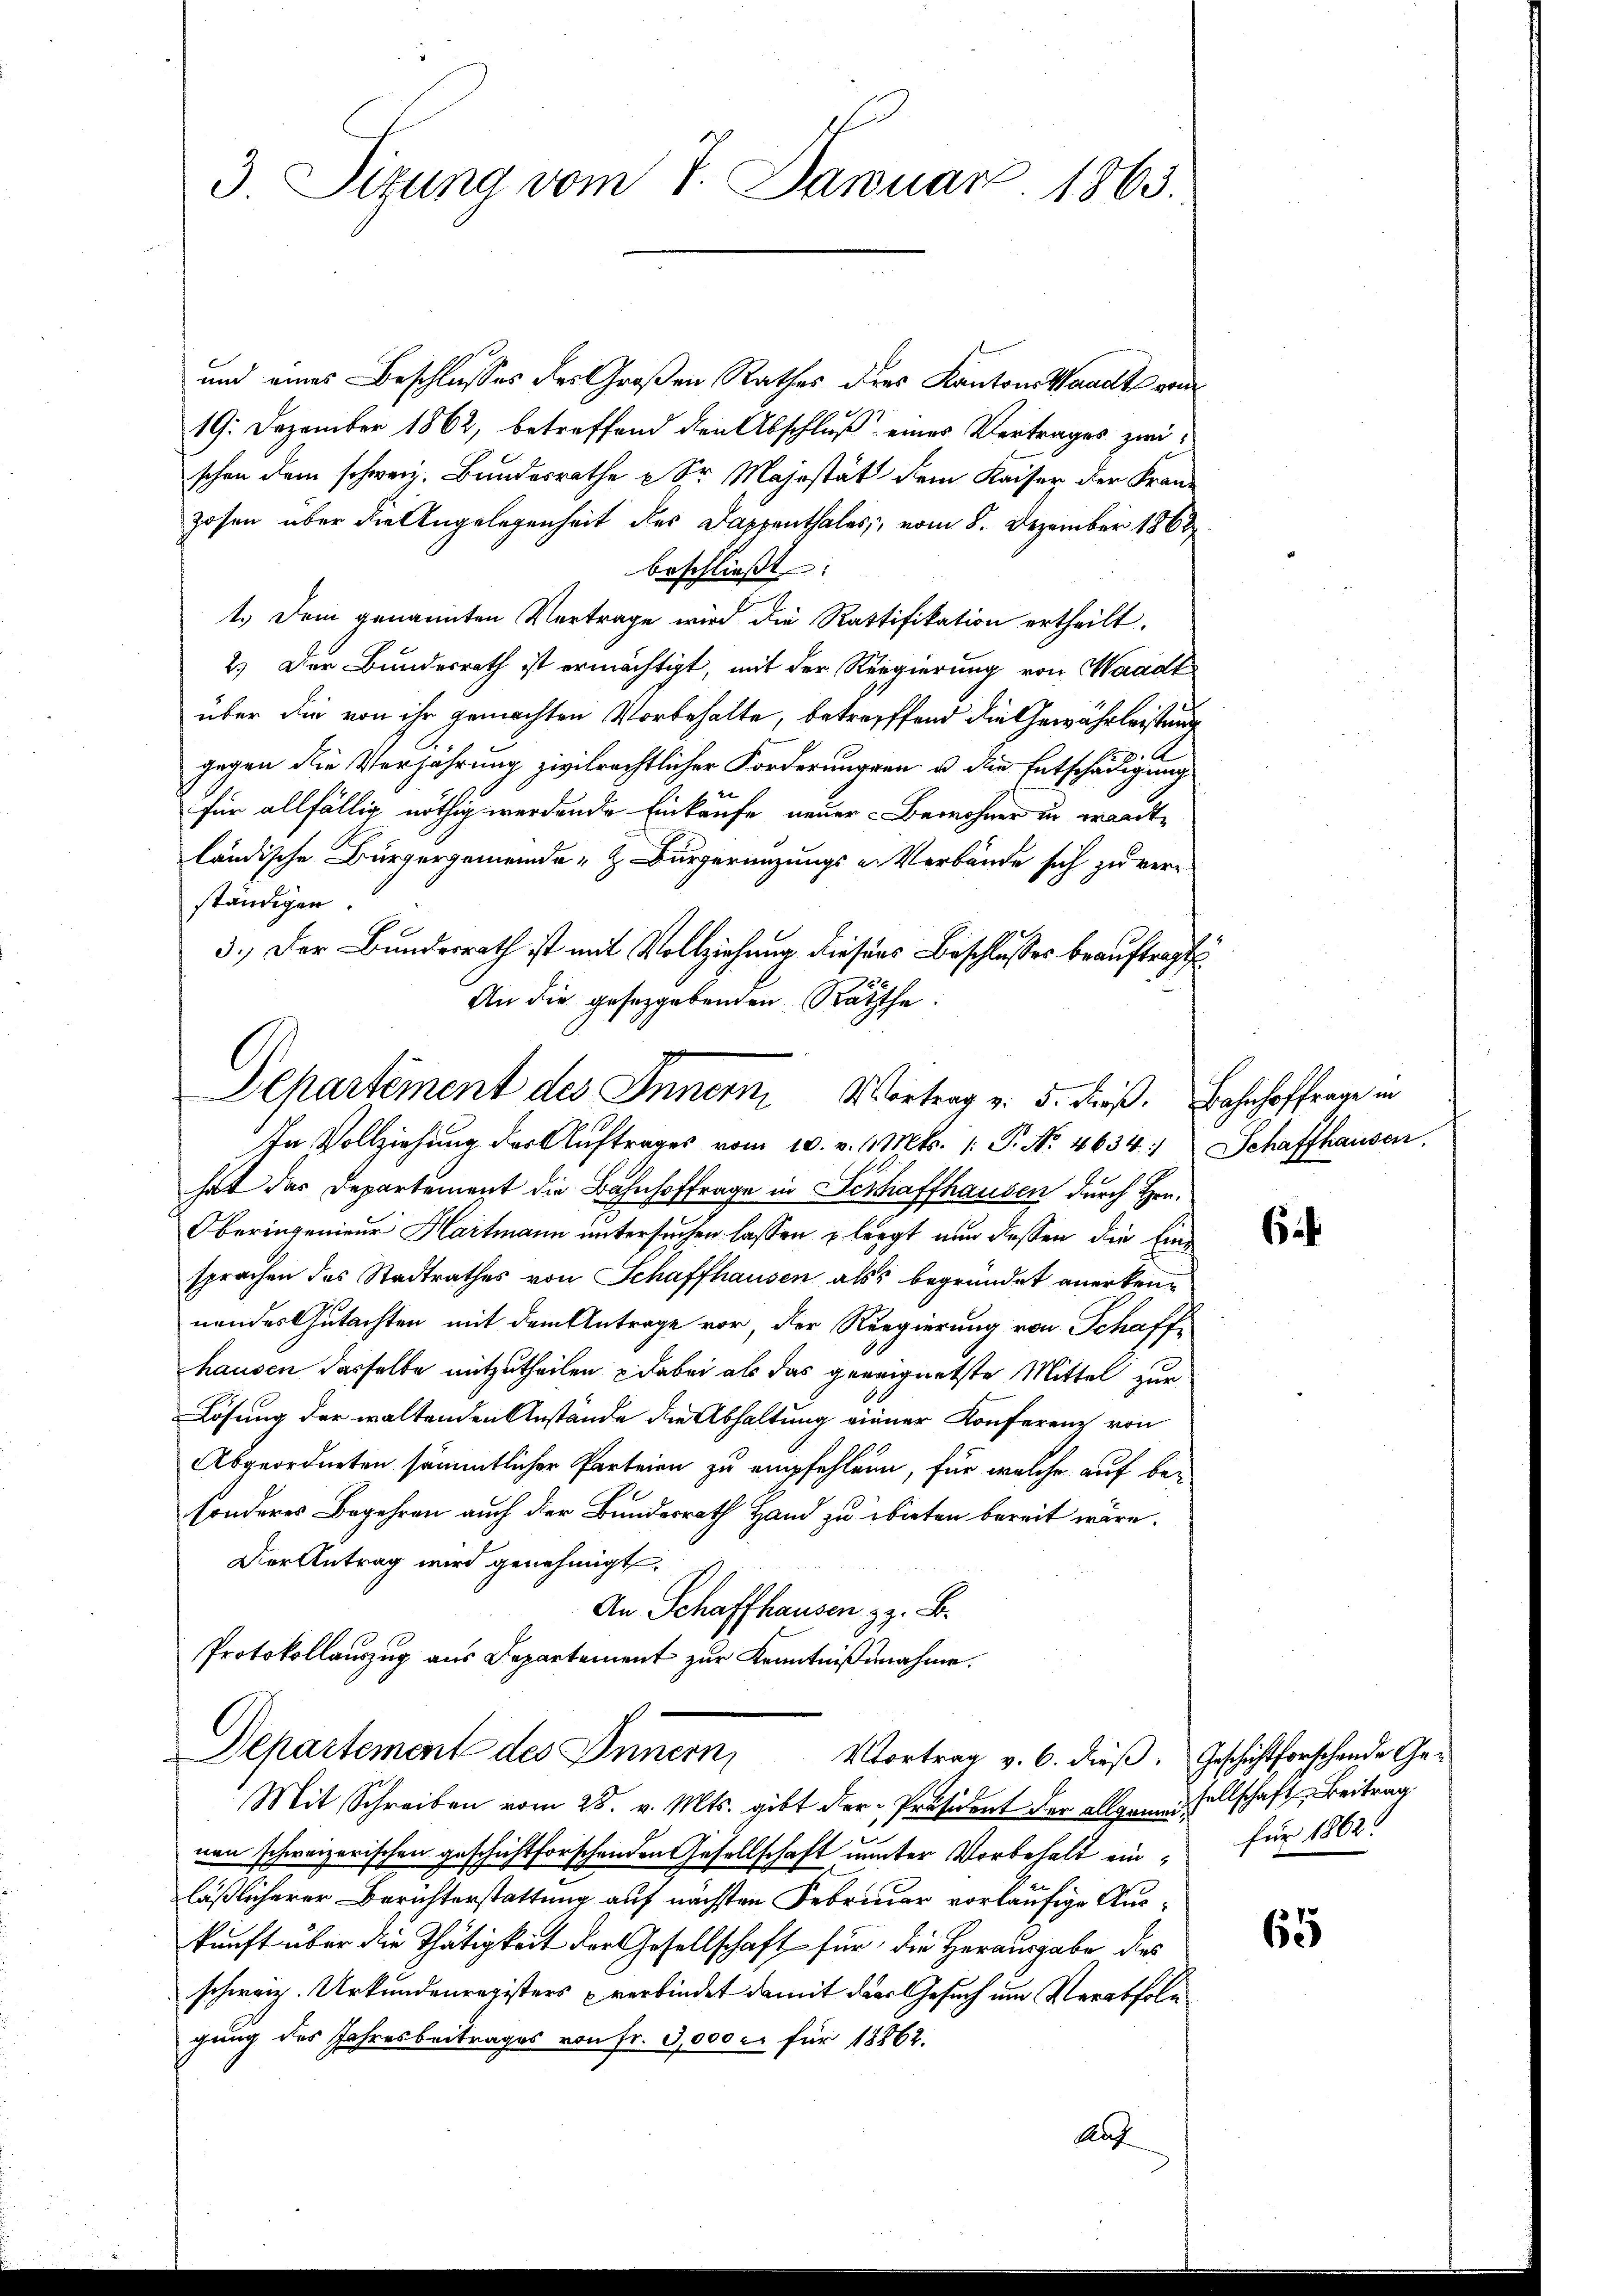
3 Sizung vom 7. Januar 1863.

und eines Beschlusses des Großen Rathes dies Kantons Waadt von
19. Dezember 1862, betreffend den Abschluß eines Vertrages zwischon dem schweiz. Bundesrathe  Sr Majestät dem Kaiser der Franz
zosen über die Angelegenheit des Dappenthales, vom 8. Dezember 1868
beschließt:
1.) Dem genannten Vertrage wird die Rattifikation ertheilt.
2.) Der Bundesrath ist ermächtigt, mit der Regierung von Waadt
über die von ihr gemachten Vorbehalte, betreffend die Gewährleistung
gegen die Verjährung zivilrechtlicher Forderungen u. die Entschädigung
für allfällig nöthig werdende Einkaufe neuer Bewohner in wardt
ländische Bürgergemeinde- & Bürgerenzungs - Verbände sich zu verständigen.
3.) Der Bundesrath ist mit Vollziehung diesens Beschlusses beauftragt
In Vollziehung des Aŭftrages vom 10. v. M. Mts. 1. P. Nr. 4634. Schaffhausen.
hat des Departement die Bahnhoffrage in Beschaffhausen durch Hrn.
Oberingenieur Hartmann untersuchen lassen u legt nun dessen die Einsprachen das Stadtrathes von Schaffhausen als begründet anerken-
nendes Gutachten mit dem Antrage vor, der Regierung von Schaff
hausen dasselbe mitzutheilen dabei als das geneignetste Mittel zur
Lösung der waltenden Anstände die Abhaltung einner Konferenz von
Abgeordneten sämmtlicher Parteien zu empfehlen, für welche auf besonderes Begehren auch der Bundesrath Hand zu bieten bereit wäre.
Der Antrag wird genehmigt.
An Schaffhausen z. B.
Protokollauszug aus Departement zur Kenntnißnahme.
Departement des Innern, Vortrag v. 6. dieß. Geschäftsforschende Ge¬
Mit Schreiben vom 28. v. Mts. gibt der-Präsident der allgemessellschaft Beitrag
nen schweizerischen geschichtforschenden Gesellschaft unter Vorbehalt einläßlicherer Berichterstattung auf nächsten Februar vorläufige Auskunft über die Thätigkeit der Gesellschaft für die Herausgabe dies
schweiz. Urkundenregisters verbindet damit der Gesuch um Verabfolg
gung des Jahresbeitrages von Fr. 3,000 er für 18862.
Raf

An die gesetzgebenden Räthe.
Departement des Innern, Vortrag v. 5. dieß. Bahnhoffrage in

6

für 1862.

65